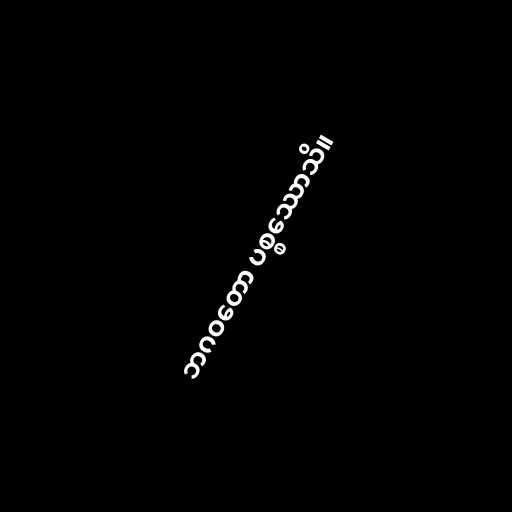
ဘဂဝတော ပစ္စဿောသိ။